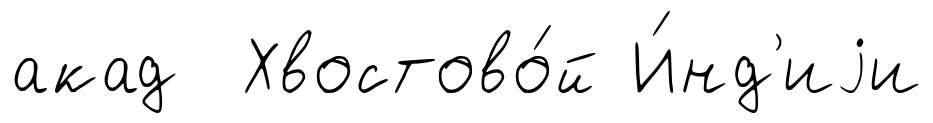
акад Хвостово́й И́нд'иjи